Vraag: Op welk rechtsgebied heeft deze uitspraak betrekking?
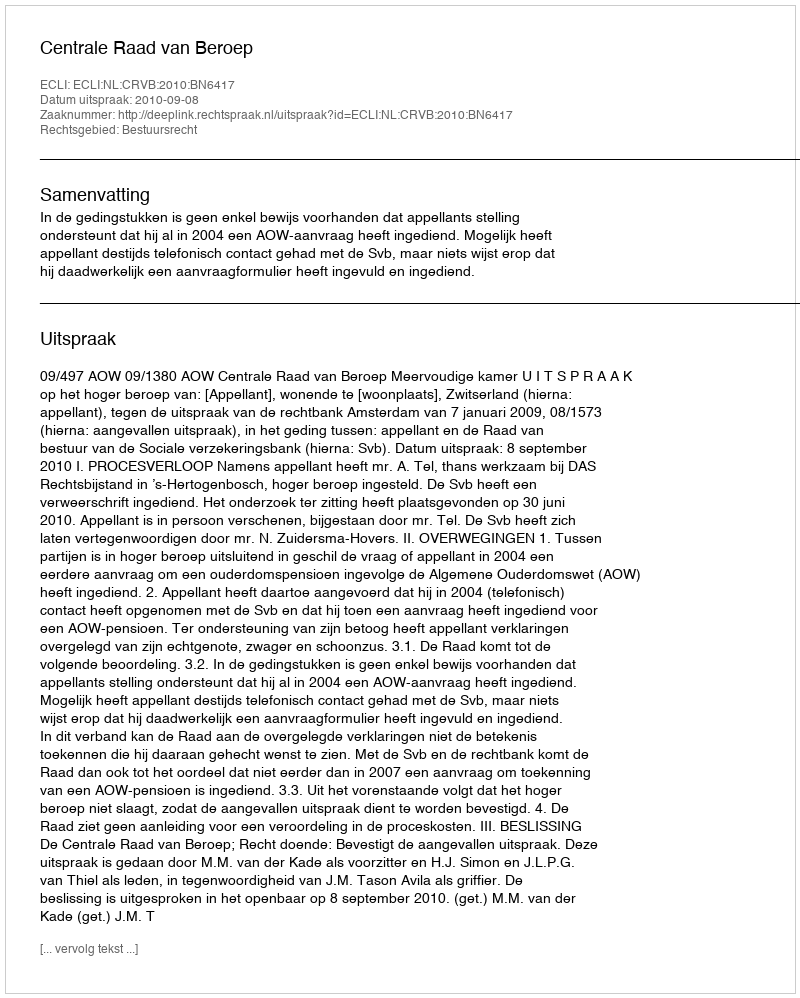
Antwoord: Bestuursrecht